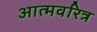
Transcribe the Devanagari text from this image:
आत्मवरित्र